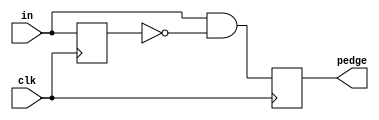
module top_module(
	input clk,
	input [7:0] in,
	output reg [7:0] pedge);
	
	reg [7:0] d_last;	
			
	always @(posedge clk) begin
		d_last <= in;			// Remember the state of the previous cycle
		pedge <= in & ~d_last;	// A positive edge occurred if input was 0 and is now 1.
	end
	
endmodule